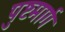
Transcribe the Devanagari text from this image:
पुष्टमार्ग